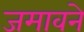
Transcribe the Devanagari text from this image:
जमावने